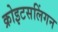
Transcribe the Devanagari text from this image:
क्रोइटसलिंगन